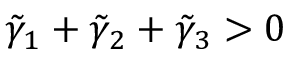
\tilde { \gamma } _ { 1 } + \tilde { \gamma } _ { 2 } + \tilde { \gamma } _ { 3 } > 0